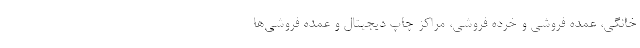
خانگی، عمده فروشی و خرده فروشی، مراکز چاپ دیجیتال و عمده فروشی‌ها